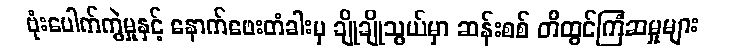
ဗုံးပေါက်ကွဲမှုနှင့် နောက်ဖေးတံခါးမှ ချိုချိုသွယ်မှာ ဆန်းစစ် တီထွင်ကြံဆမှုများ